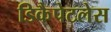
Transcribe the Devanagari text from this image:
डिकैपेटलेस